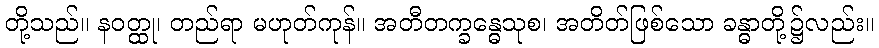
တို့သည်။ နဝတ္ထု၊ တည်ရာ မဟုတ်ကုန်။ အတီတက္ခန္ဓေသုစ၊ အတိတ်ဖြစ်သော ခန္ဓာတို့၌လည်း။